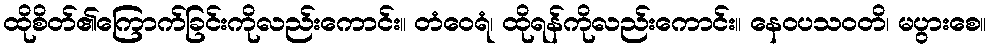
ထိုစိတ်၏ကြောက်ခြင်းကိုလည်းကောင်း။ တံဝေရံ၊ ထိုရန်ကိုလည်းကောင်း။ နေဝပသဝတိ၊ မပွားစေ။